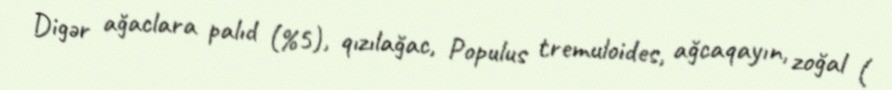
Digər ağaclara palıd (%5), qızılağac, Populus tremuloides, ağcaqayın, zoğal (